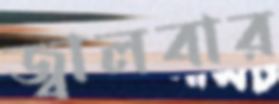
জ্বালবার